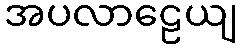
အပလာဠေယျ